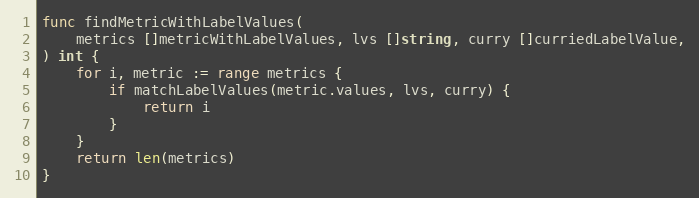
Language: Go
func findMetricWithLabelValues(
	metrics []metricWithLabelValues, lvs []string, curry []curriedLabelValue,
) int {
	for i, metric := range metrics {
		if matchLabelValues(metric.values, lvs, curry) {
			return i
		}
	}
	return len(metrics)
}